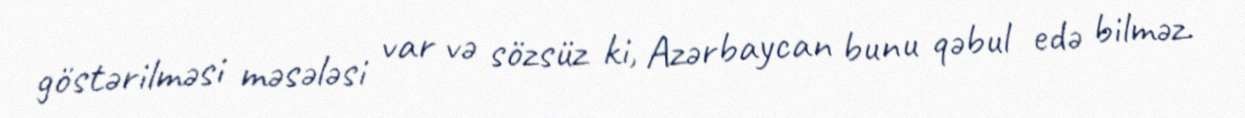
göstərilməsi məsələsi var və sözsüz ki, Azərbaycan bunu qəbul edə bilməz.